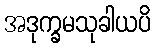
အဒုက္ခမသုခါယပိ